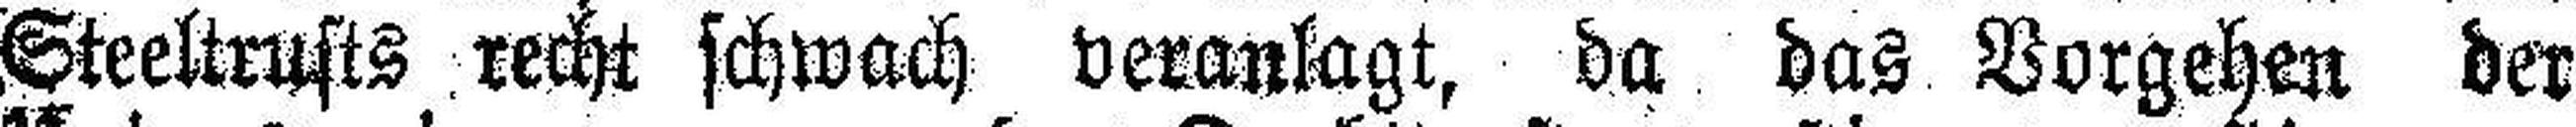
Steeltrusts recht schwach veranlagt, da das Vorgehen der